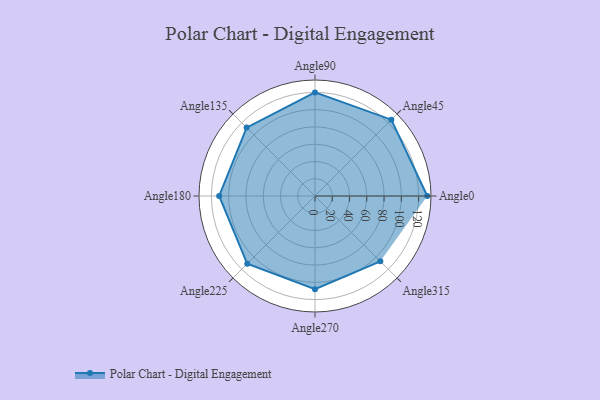
{"axis": {"x": "Angle", "y": "Radius"}, "legend": [""], "data": [{"x": "Angle0", "y": 130.0, "type": ""}, {"x": "Angle45", "y": 125.0, "type": ""}, {"x": "Angle90", "y": 120.0, "type": ""}, {"x": "Angle135", "y": 112.0, "type": ""}, {"x": "Angle180", "y": 111.0, "type": ""}, {"x": "Angle225", "y": 111.0, "type": ""}, {"x": "Angle270", "y": 108.0, "type": ""}, {"x": "Angle315", "y": 107.0, "type": ""}]}